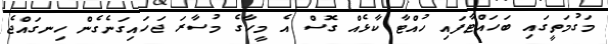
މަގުމަތީގައި ބަހައްޓާފައި ހުއްޓާ ކާޅެއް ގޮސް އެ މީހާގެ މުސާރަ ޖަހައިގަނެގެން ހިނގައްޖެ